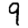
Digit: 9